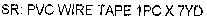
SR: PVC WIRE TAPE 1PC X 7YD